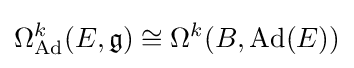
\Omega _{\operatorname {Ad} }^{k}(E,{\mathfrak {g}})\cong \Omega ^{k}(B,\operatorname {Ad} (E))